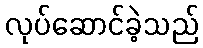
လုပ်ဆောင်ခဲ့သည်